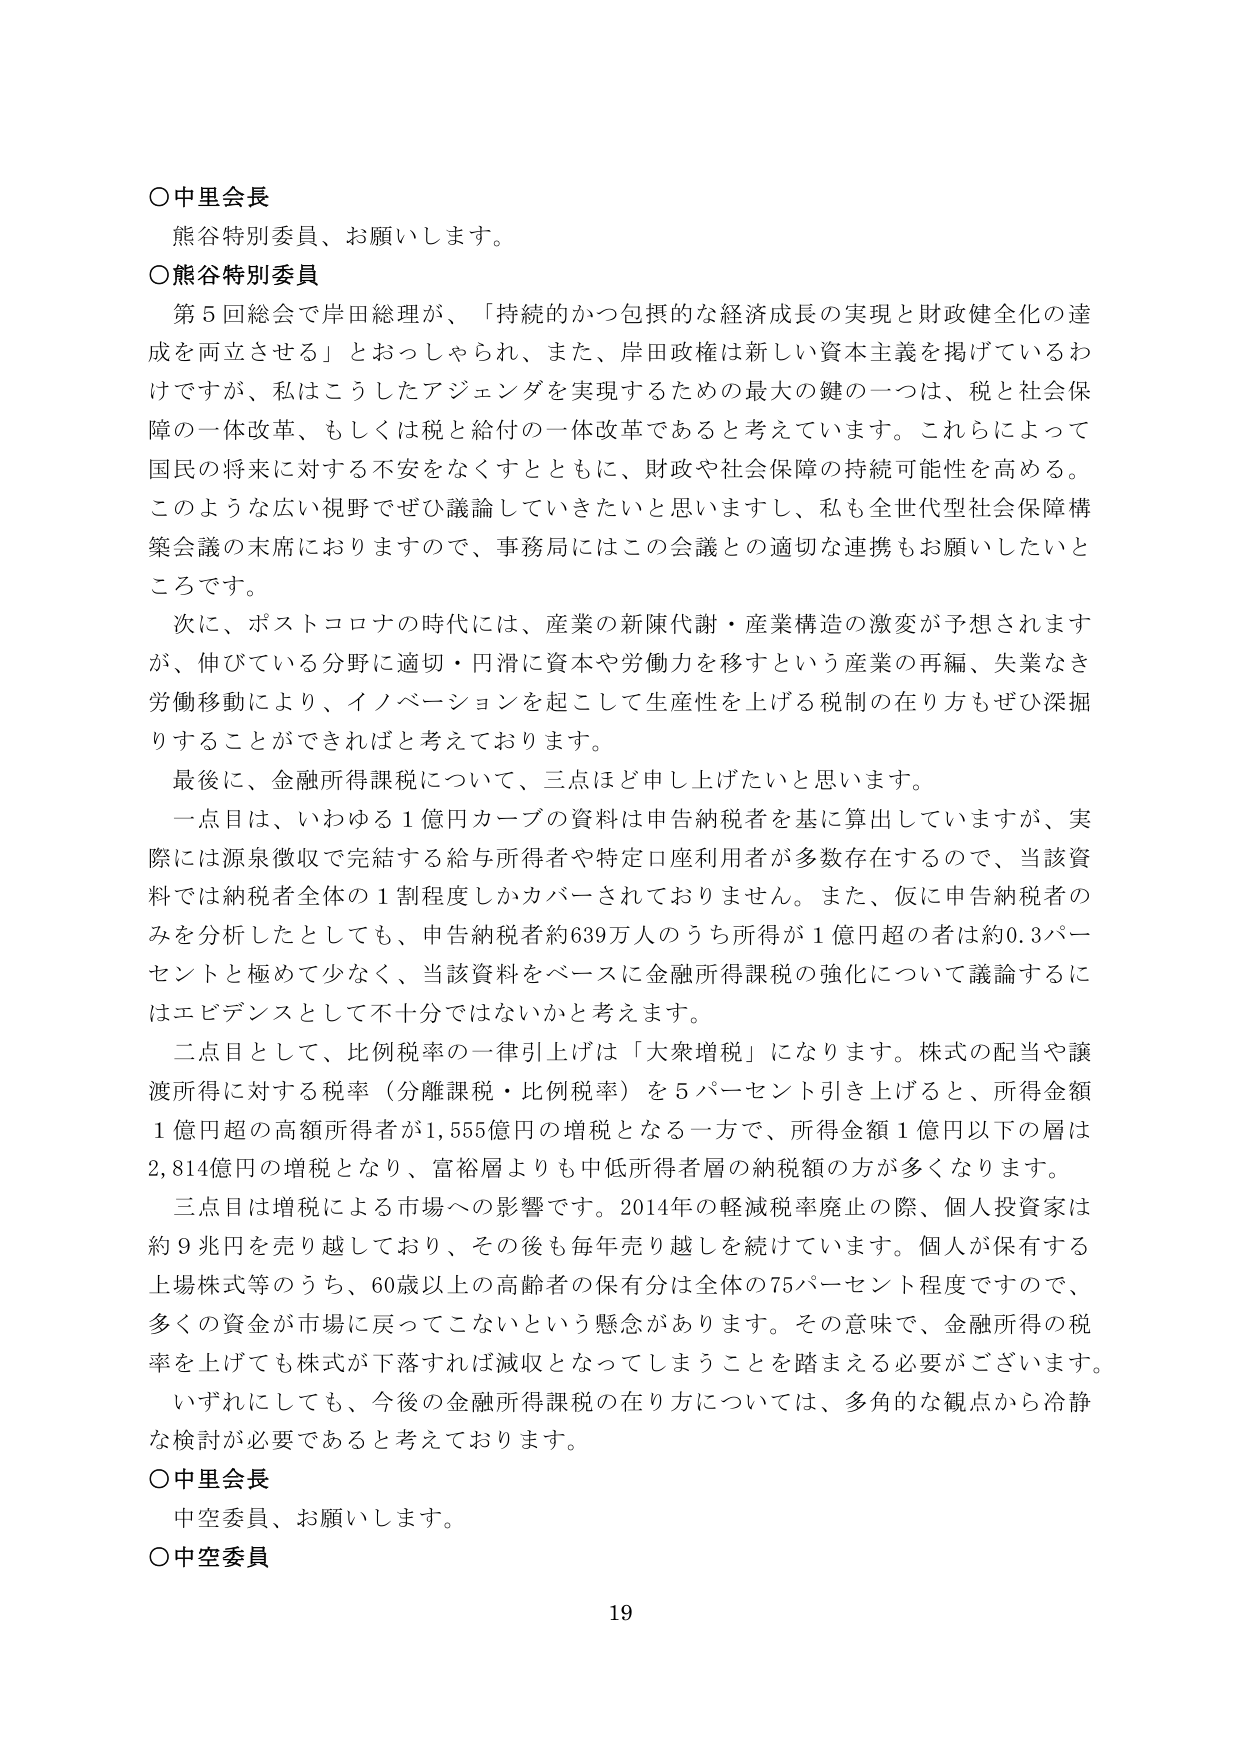
○中里会長
熊谷特別委員、お願いします。

○熊谷特別委員
第5回総会で岸田総理が、「持続的かつ包摂的な経済成長の実現と財政健全化の達成を両立させる」とおっしゃられ、また、岸田政権は新しい資本主義を掲げているわけですが、私はこうしたアジェンダを実現するための最大の鍵の一つは、税と社会保障の一体改革、もしくは税と給付の一体改革であると考えています。これらによって国民の将来に対する不安をなくすとともに、財政や社会保障の持続可能性を高める。このような広い視野でぜひ議論していきたいと思いますし、私も全世代型社会保障構築会議の末席におりますので、事務局にはこの会議との適切な連携もお願いしたいところです。

次に、ポストコロナの時代には、産業の新陳代謝・産業構造の激変が予想されますが、伸びている分野に適切・円滑に資本や労働力を移すという産業の再編、失業なき労働移動により、イノベーションを起こして生産性を上げる税制の在り方もぜひ深掘りすることができればと考えております。

最後に、金融所得課税について、三点ほど申し上げたいと思います。

一点目は、いわゆる1億円カーブの資料は申告納税者を基に算出していますが、実際には源泉徴収で完結する給与所得者や特定口座利用者が多数存在するので、当該資料では納税者全体の1割程度しかカバーされておりません。また、仮に申告納税者のみを分析したとしても、申告納税者約639万人のうち所得が1億円超の者は約0.3パーセントと極めて少なく、当該資料をベースに金融所得課税の強化について議論するにはエビデンスとして不十分ではないかと考えます。

二点目として、比例税率の一律引上げは「大衆増税」になります。株式の配当や譲渡所得に対する税率（分離課税・比例税率）を5パーセント引き上げると、所得金額1億円超の高額所得者が1,555億円の増税となる一方で、所得金額1億円以下の層は2,814億円の増税となり、富裕層よりも中低所得者層の納税額の方が多くなります。

三点目は増税による市場への影響です。2014年の軽減税率廃止の際、個人投資家は約9兆円を売り越しており、その後も毎年売り越しを続けています。個人が保有する上場株式等のうち、60歳以上の高齢者の保有分は全体の75パーセント程度ですので、多くの資金が市場に戻ってこないという懸念があります。その意味で、金融所得の税率を上げても株式が下落すれば減収となってしまうことを踏まえる必要があります。

いずれにしても、今後の金融所得課税の在り方については、多角的な観点から冷静な検討が必要であると考えております。

○中里会長
中空委員、お願いします。

○中空委員

19